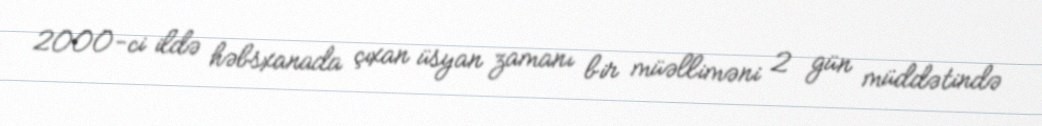
2000-ci ildə həbsxanada çıxan üsyan zamanı bir müəlliməni 2 gün müddətində